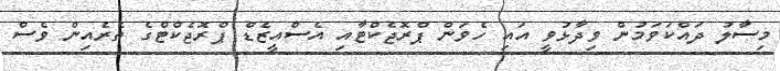
މިސާލު ދައްކަވަމުން ވިދާޅުވީ އައި ހެވަން ޕްރޮޖެކްޓާއި އެސްއީޒެޑް ޕްރޮޖެކްޓްގެ ތެރެއިން ވެސް